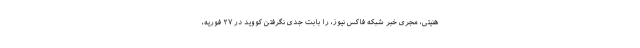
هنیتی، مجری خبر شبکه فاکس نیوز، را بابت جدی نگرفتن کووید در ۲۷ فوریه،